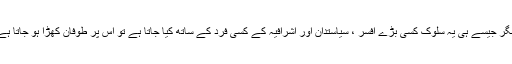
مگر جیسے ہی یہ سلوک کسی بڑے افسر ، سیاستدان اور اشرافیہ کے کسی فرد کے ساتھ کیا جاتا ہے تو اس پر طوفان کھڑا ہو جاتا ہے۔